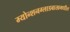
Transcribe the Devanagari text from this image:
म्योन्शनग्लाडबाखमधील